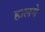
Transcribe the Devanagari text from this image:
हालगे